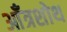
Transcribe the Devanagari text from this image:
आँत्रशोथ